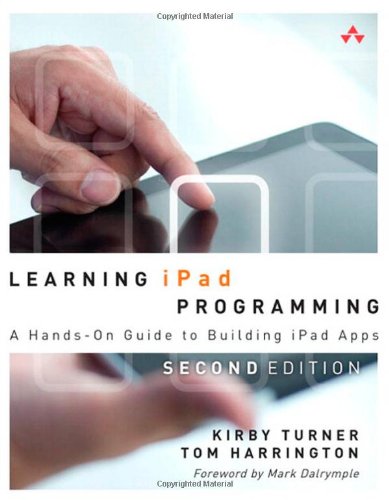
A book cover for Learning iPad Programming: A Hands-On Guide to Building iPad Apps (2nd Edition); Kirby Turner; Computers & Technology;